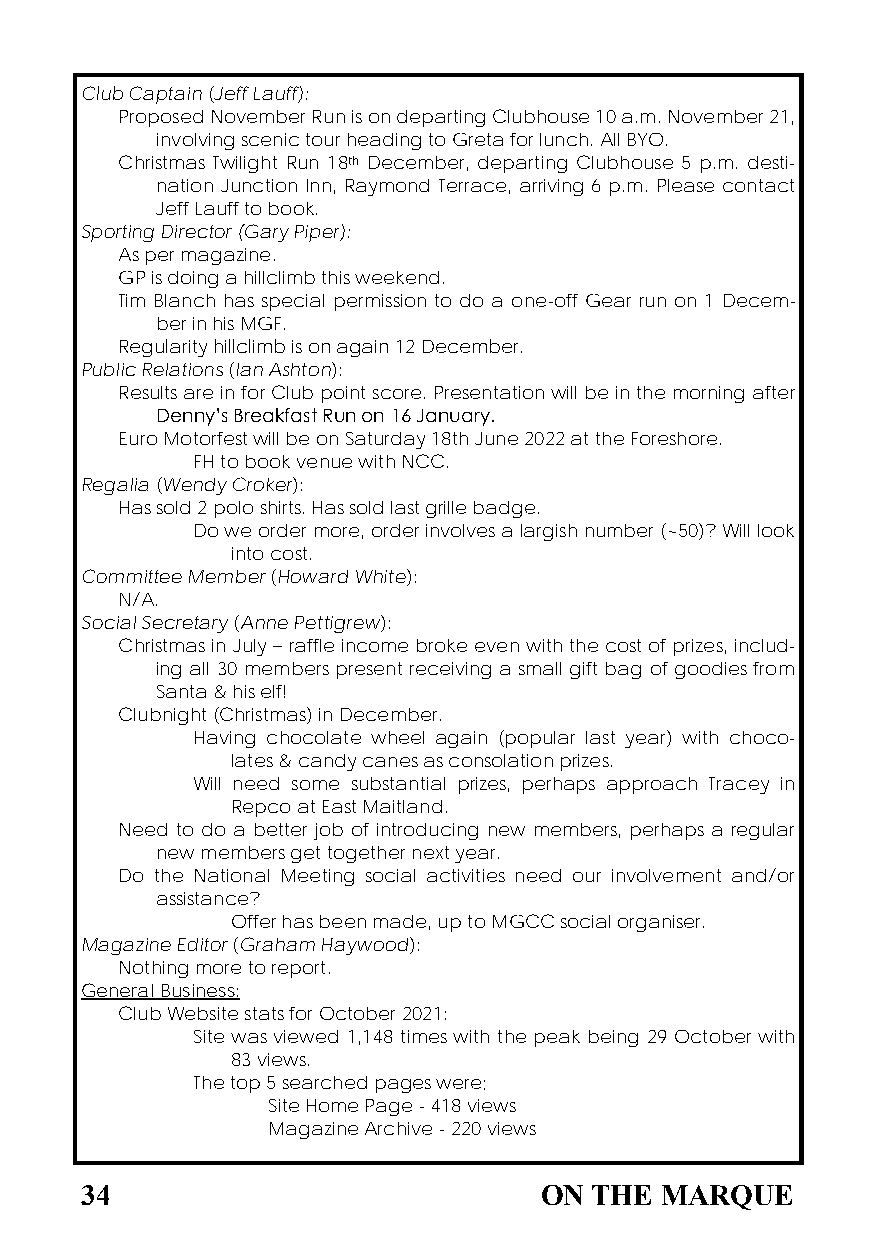
Club Captain (Jeff Lauff):
 Proposed November Run is on departing Clubhouse 10 a.m. November 21,
 involving scenic tour heading to Greta for lunch. All BYO.
 Christmas Twilight Run 18th December, departing Clubhouse 5 p.m. desti-
 nation Junction Inn, Raymond Terrace, arriving 6 p.m. Please contact
 Jeff Lauff to book.
 Sporting Director (Gary Piper):
 As per magazine.
 GP is doing a hillclimb this weekend.
 Tim Blanch has special permission to do a one-off Gear run on 1 Decem-
 ber in his MGF.
 Regularity hillclimb is on again 12 December.
 Public Relations (Ian Ashton):
 Results are in for Club point score. Presentation will be in the morning after
 Denny’s Breakfast Run on 16 January.
 Euro Motorfest will be on Saturday 18th June 2022 at the Foreshore.
 FH to book venue with NCC.
 Regalia (Wendy Croker):
 Has sold 2 polo shirts. Has sold last grille badge.
 Do we order more, order involves a largish number (~50)? Will look
 into cost.
 Committee Member (Howard White):
 N/A.
 Social Secretary (Anne Pettigrew):
 Christmas in July – raffle income broke even with the cost of prizes, includ-
 ing all 30 members present receiving a small gift bag of goodies from
 Santa & his elf!
 Clubnight (Christmas) in December.
 Having chocolate wheel again (popular last year) with choco-
 lates & candy canes as consolation prizes.
 Will need some substantial prizes, perhaps approach Tracey in
 Repco at East Maitland.
 Need to do a better job of introducing new members, perhaps a regular
 new members get together next year.
 Do the National Meeting social activities need our involvement and/or
 assistance?
 Offer has been made, up to MGCC social organiser.
 Magazine Editor (Graham Haywood):
 Nothing more to report.
 General Business:
 Club Website stats for October 2021:
 Site was viewed 1,148 times with the peak being 29 October with
 83 views.
 The top 5 searched pages were;
 Site Home Page - 418 views
 Magazine Archive - 220 views
 34                             ON THE  MARQUE